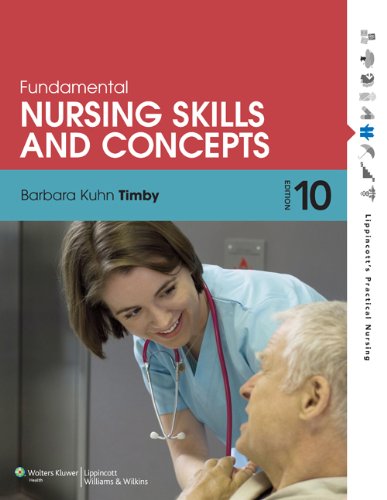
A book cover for Fundamental Nursing Skills and Concepts (Timby, Fundamnetal Nursing Skills and Concepts); Barbara K Timby RNC  MS; Medical Books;